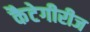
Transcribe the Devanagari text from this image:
कैटेगीरीज